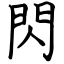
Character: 閃